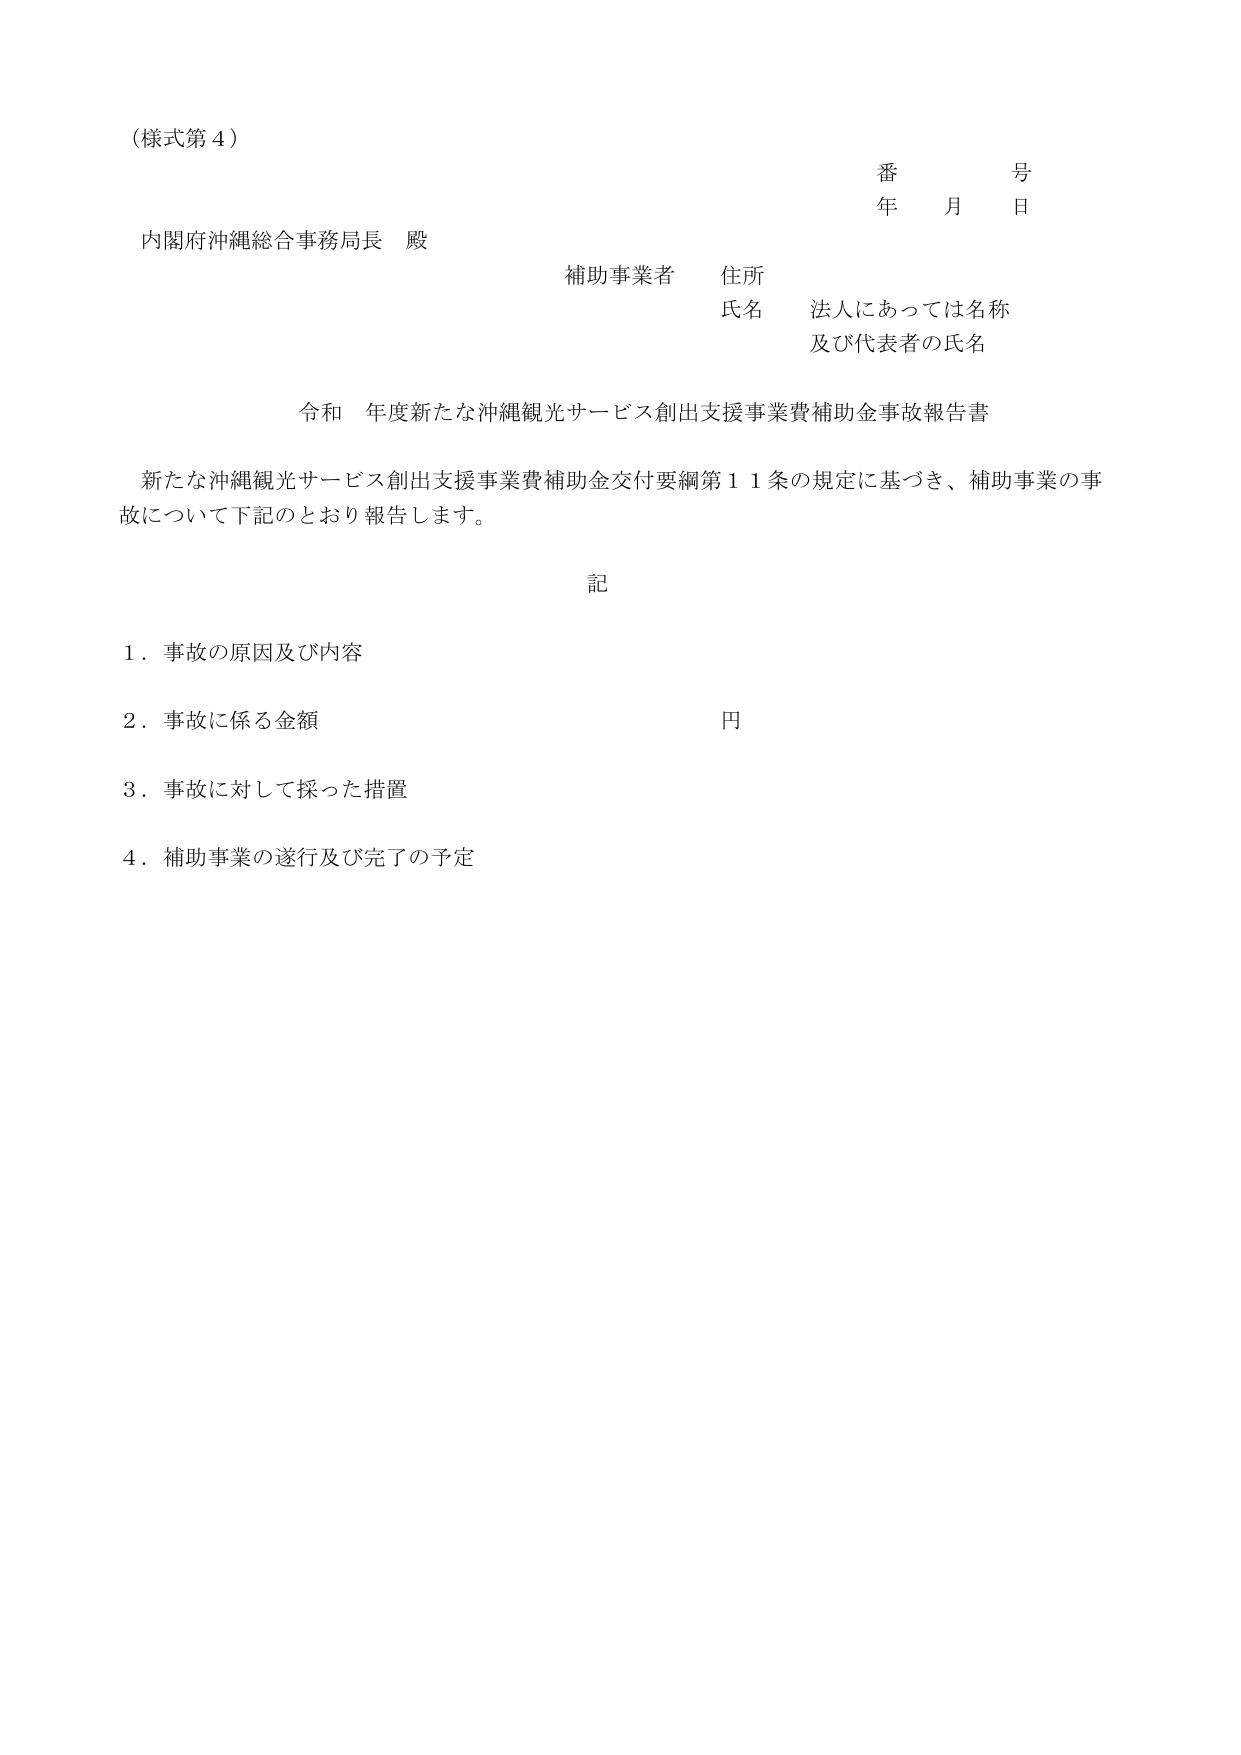
（様式第４）

番　　号
年　月　日

内閣府沖縄総合事務局長　殿

補助事業者　住所
氏名　法人にあっては名称
　　　及び代表者の氏名

令和　年度新たな沖縄観光サービス創出支援事業費補助金事故報告書

新たな沖縄観光サービス創出支援事業費補助金交付要綱第１１条の規定に基づき、補助事業の事故について下記のとおり報告します。

記

１．事故の原因及び内容
２．事故に係る金額　　　　　　　　　　　円
３．事故に対して採った措置
４．補助事業の遂行及び完了の予定